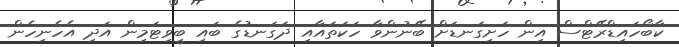
ކާބޯހައިޑްރޭޓްސް އިން ހަށިގަނޑަށް ބޭނުންވާ ހަކަތައާއި ދަގަނޑުގެ ބައިި ބީވިޓަމިން އަދި އެހެނިހެން